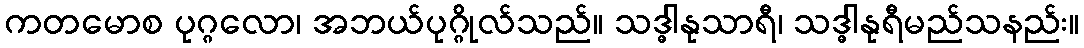
ကတမောစ ပုဂ္ဂလော၊ အဘယ်ပုဂ္ဂိုလ်သည်။ သဒ္ဓါနုသာရီ၊ သဒ္ဓါနုရီမည်သနည်း။